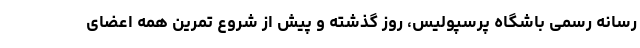
رسانه رسمی باشگاه پرسپولیس، روز گذشته و پیش از شروع تمرین همه اعضای